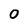
Character: O